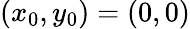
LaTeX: (x_{0},y_{0})=(0,0)